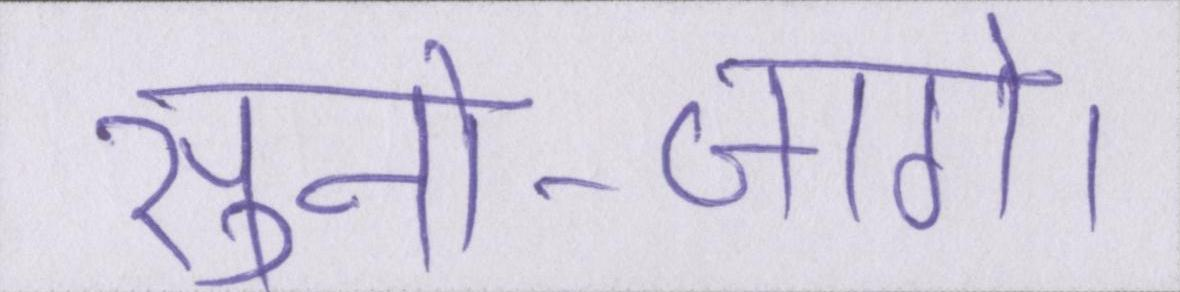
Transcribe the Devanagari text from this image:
सुनो--जागे।